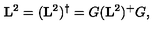
\mathbf { L } ^ { 2 } = ( \mathbf { L } ^ { 2 } ) ^ { \dagger } = G ( \mathbf { L } ^ { 2 } ) ^ { + } G ,